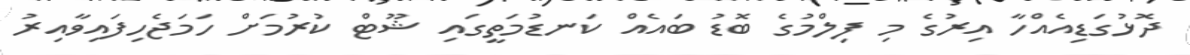
ދޮޅުގަޑިއެއްހާ އިރުގެ މި ފިލްމުގެ ބޮޑު ބައެއް ކަނޑުމަތީގައި ޝޫޓް ކުރުމަށް ހަމަޖެހިފައިވާއިރު